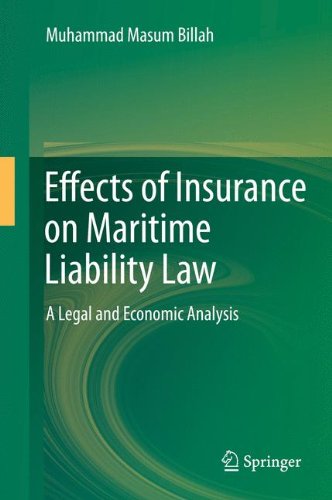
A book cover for Effects of Insurance on Maritime Liability Law: A Legal and Economic Analysis; Muhammad Masum Billah; Business & Money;